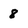
Character: 8